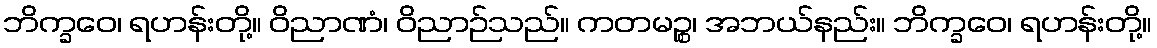
ဘိက္ခဝေ၊ ရဟန်းတို့။ ဝိညာဏံ၊ ဝိညာဉ်သည်။ ကတမဉ္စ၊ အဘယ်နည်း။ ဘိက္ခဝေ၊ ရဟန်းတို့။